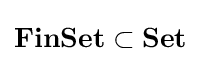
\mathbf {FinSet} \subset \mathbf {Set}